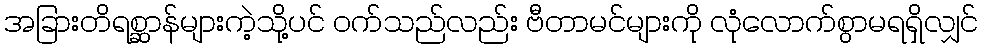
အခြားတိရစ္ဆာန်များကဲ့သို့ပင် ဝက်သည်လည်း ဗီတာမင်များကို လုံလောက်စွာမရရှိလျှင်